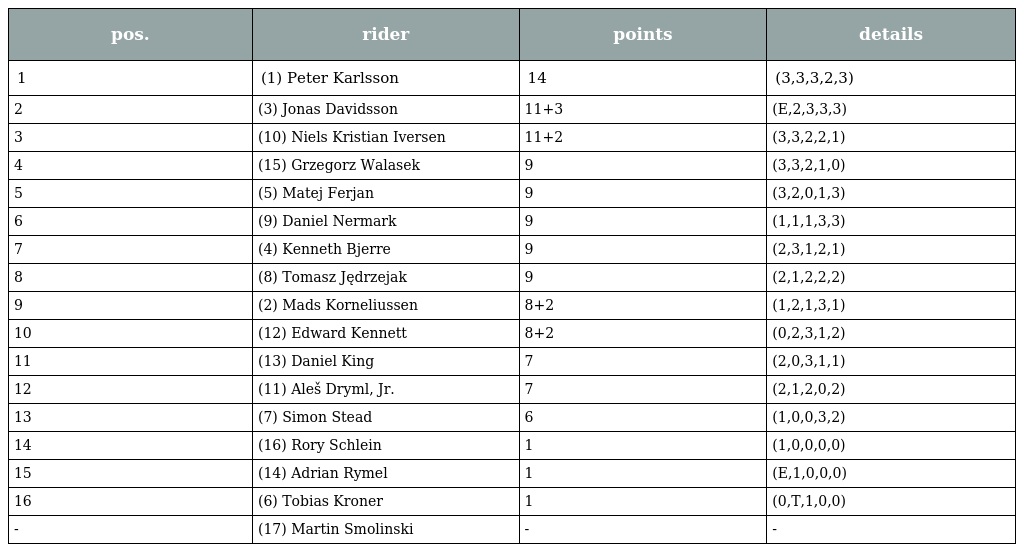
| pos. | rider | points | details |
 | --- | --- | --- | --- |
 | 1 | (1) Peter Karlsson | 14 | (3,3,3,2,3) |
 | 2 | (3) Jonas Davidsson | 11+3 | (E,2,3,3,3) |
 | 3 | (10) Niels Kristian Iversen | 11+2 | (3,3,2,2,1) |
 | 4 | (15) Grzegorz Walasek | 9 | (3,3,2,1,0) |
 | 5 | (5) Matej Ferjan | 9 | (3,2,0,1,3) |
 | 6 | (9) Daniel Nermark | 9 | (1,1,1,3,3) |
 | 7 | (4) Kenneth Bjerre | 9 | (2,3,1,2,1) |
 | 8 | (8) Tomasz Jędrzejak | 9 | (2,1,2,2,2) |
 | 9 | (2) Mads Korneliussen | 8+2 | (1,2,1,3,1) |
 | 10 | (12) Edward Kennett | 8+2 | (0,2,3,1,2) |
 | 11 | (13) Daniel King | 7 | (2,0,3,1,1) |
 | 12 | (11) Aleš Dryml, Jr. | 7 | (2,1,2,0,2) |
 | 13 | (7) Simon Stead | 6 | (1,0,0,3,2) |
 | 14 | (16) Rory Schlein | 1 | (1,0,0,0,0) |
 | 15 | (14) Adrian Rymel | 1 | (E,1,0,0,0) |
 | 16 | (6) Tobias Kroner | 1 | (0,T,1,0,0) |
 | - | (17) Martin Smolinski | - | - |